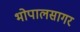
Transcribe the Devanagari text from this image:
भोपालसागर